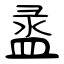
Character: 盝